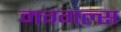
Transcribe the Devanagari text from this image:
मग्गल्स